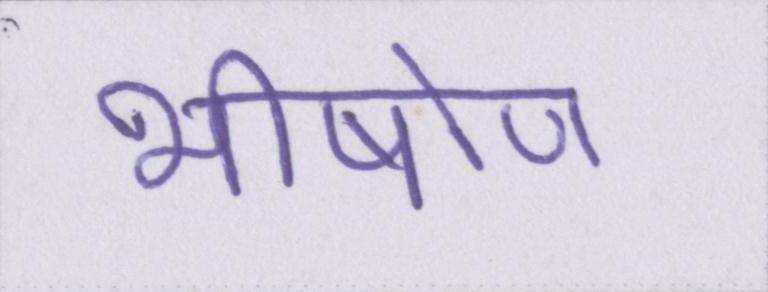
भीषोण